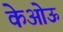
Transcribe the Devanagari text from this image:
केओऊ